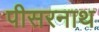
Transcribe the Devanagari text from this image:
पीसरनाथ